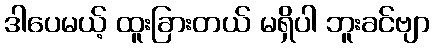
ဒါပေမယ့် ထူးခြားတယ် မရှိပါ ဘူးခင်ဗျာ